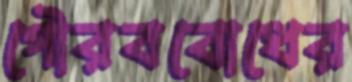
গৌরববোধের